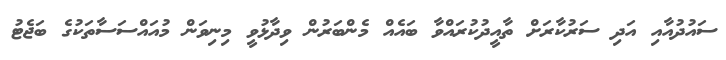
ސައުދުއާއި އަދި ސަރުކާރަށް ތާއީދުކުރައްވާ ބައެއް މެންބަރުން ވިދާޅުވީ މިނިވަން މުއައްސަސާތަކުގެ ބަޖެޓު